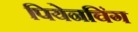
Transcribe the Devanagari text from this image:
पियेनचिंग